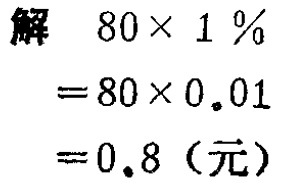
```

解 \(80\times 1\%\)

\(=80\times 0.01\)

\( = 0.8\)（元）

```